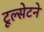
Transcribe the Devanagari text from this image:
टूल्सेटने